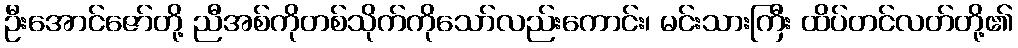
ဦးအောင်ဇော်တို့ ညီအစ်ကိုတစ်သိုက်ကိုသော်လည်းကောင်း၊ မင်းသားကြီး ထိပ်တင်လတ်တို့၏